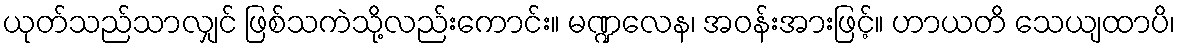
ယုတ်သည်သာလျှင် ဖြစ်သကဲသို့လည်းကောင်း။ မဏ္ဍလေန၊ အဝန်းအားဖြင့်။ ဟာယတိ သေယျထာပိ၊